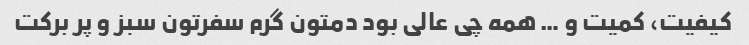
کیفیت، کمیت و … همه چی عالی بود دمتون گرم سفرتون سبز و پر برکت